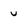
Character: u